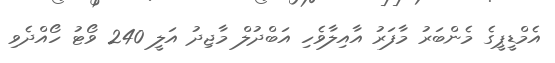
އެމްޑީޕީގެ މެންބަރު މާފަރު އާއިލާވެހި އަބްދުލް މާޖިދު އަލީ 240 ވޯޓު ހޯއްދެވި